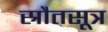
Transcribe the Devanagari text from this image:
स्रौतसूत्र